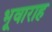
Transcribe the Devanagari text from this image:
भूवाराह